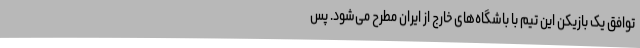
توافق یک بازیکن این تیم با باشگاه‌های خارج از ایران مطرح می‌شود. پس